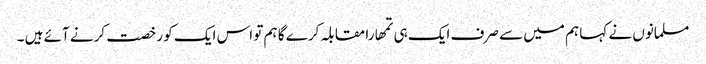
مسلمانوں نے کہا ہم میں سے صرف ایک ہی تمھارا مقابلہ کرے گا ہم تو اس ایک کو رخصت کرنے آئے ہیں ۔